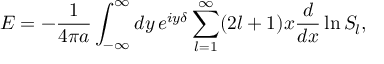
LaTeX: E = - { \frac { 1 } { 4 \pi a } } \int _ { - \infty } ^ { \infty } d y \, e ^ { i y \delta } \sum _ { l = 1 } ^ { \infty } ( 2 l + 1 ) x { \frac { d } { d x } } \ln S _ { l } ,